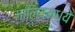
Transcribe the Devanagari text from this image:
गालिबमध्ये